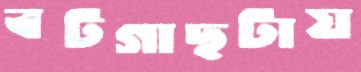
বটগাছটায়